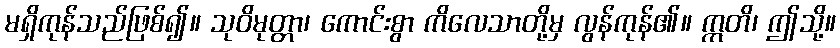
မရှိကုန်သည်ဖြစ်၍။ သုဝိမုတ္တာ၊ ကောင်းစွာ ကိလေသာတို့မှ လွန်ကုန်၏။ ဣတိ၊ ဤသို့။